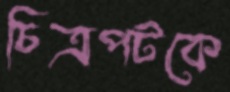
চিত্রপটকে